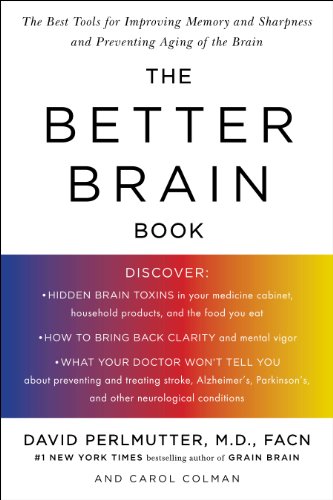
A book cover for The Better Brain Book: The Best Tool for Improving Memory and Sharpness and Preventing Aging of the Brain; David Perlmutter; Self-Help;